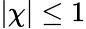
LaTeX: |\chi|\leq 1